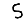
Digit: 5